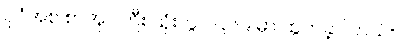
ပုဂံအစ စာအုပ်ကြီး သုံးတွဲ ၁၉၆၉ မှာ ထွက်ခဲ့ပါတယ်။